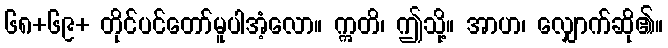
၆၈+၆၉+ တိုင်ပင်တော်မူပါအံ့လော။ ဣတိ၊ ဤသို့။ အာဟ၊ လျှောက်ဆို၏။